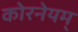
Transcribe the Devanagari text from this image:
कोरनेयम्